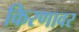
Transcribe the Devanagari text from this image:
किरणावर